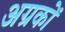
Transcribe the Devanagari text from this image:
अग्रकों